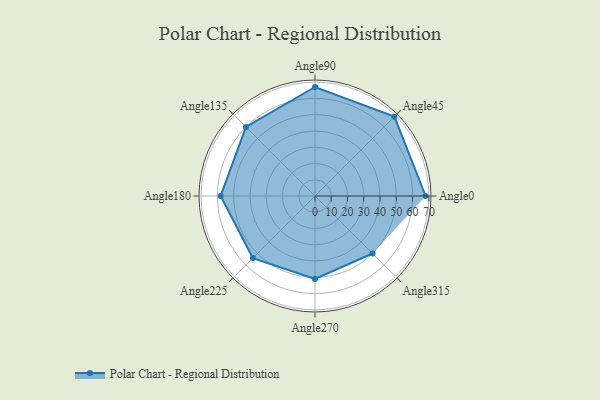
{"axis": {"x": "Angle", "y": "Radius"}, "legend": [""], "data": [{"x": "Angle0", "y": 68.0, "type": ""}, {"x": "Angle45", "y": 69.0, "type": ""}, {"x": "Angle90", "y": 67.0, "type": ""}, {"x": "Angle135", "y": 60.0, "type": ""}, {"x": "Angle180", "y": 58.0, "type": ""}, {"x": "Angle225", "y": 54.0, "type": ""}, {"x": "Angle270", "y": 51.0, "type": ""}, {"x": "Angle315", "y": 50, "type": ""}]}